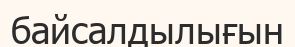
байсалдылығын